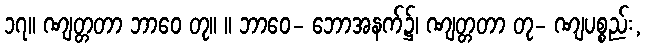
၁၇။ ဏျတ္တတာ ဘာဝေ တု။ ။ ဘာဝေ- ဘောအနက်၌၊ ဏျတ္တတာ တု- ဏျပစ္စည်း,